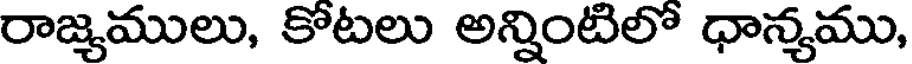
రాజ్యములు, కోటలు అన్నింటిలో ధాన్యము,